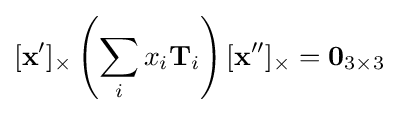
[{\mathbf {x} }']_{\times }\left(\sum _{i}x_{i}{\mathbf {T} }_{i}\right)[{\mathbf {x} }'']_{\times }={\mathbf {0} }_{3\times 3}